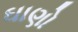
ઘાણો